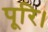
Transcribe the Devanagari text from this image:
पूरि।